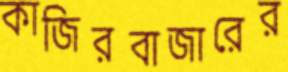
কাজিরবাজারের